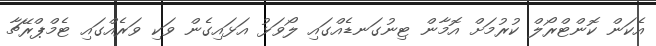
އެކަން ކޮންޓްރޯލް ކުރުމަށް އޮމާން ޓިނުގަނޑެއްގައި ލޯވަޅު އަޅައިގެން ވަކި ވަރެެއްގައި ޓެމްޕްރޭޗާ